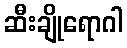
ဆီးချိုရောဂါ